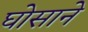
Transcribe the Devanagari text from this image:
घोसाने